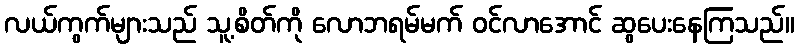
လယ်ကွက်များသည် သူ့စိတ်ကို လောဘရမ်မက် ဝင်လာအောင် ဆွပေးနေကြသည်။